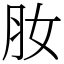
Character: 肗